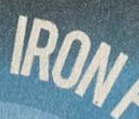
IRON